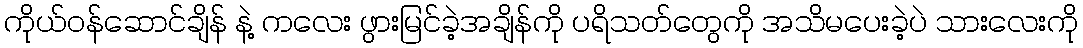
ကိုယ်ဝန်ဆောင်ချိန် နဲ့ ကလေး ဖွားမြင်ခဲ့အချိန်ကို ပရိသတ်တွေကို အသိမပေးခဲ့ပဲ သားလေးကို